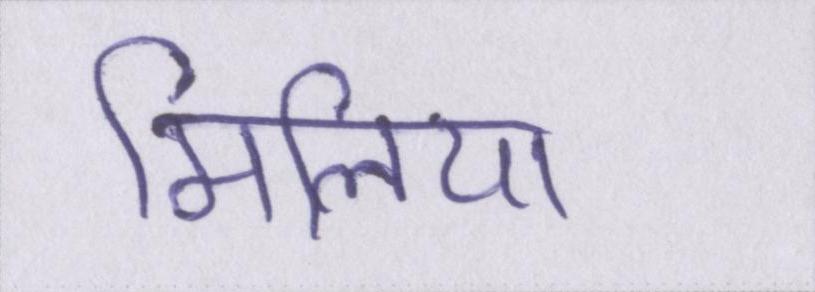
मिलिया